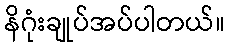
နိဂုံးချုပ်အပ်ပါတယ်။